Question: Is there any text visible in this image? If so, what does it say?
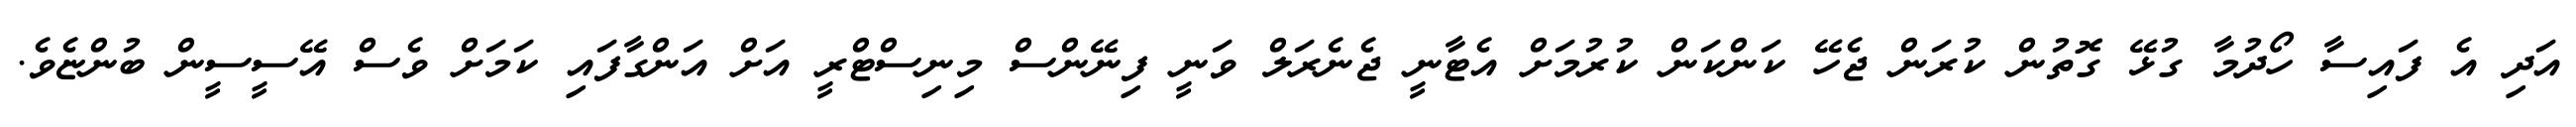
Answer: އަދި އެ ފައިސާ ހޯދުމާ ގުޅޭ ގޮތުން ކުރަން ޖެހޭ ކަންކަން ކުރުމަށް އެޓާނީ ޖެނެރަލް ވަނީ ފިނޭންސް މިނިސްޓްރީ އަށް އަންގާފައި ކަމަށް ވެސް އޭސީސީން ބުންޏެވެ.